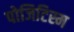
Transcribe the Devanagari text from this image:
पोजिटिस्म